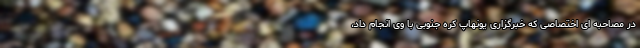
در مصاحبه ای اختصاصی که خبرگزاری یونهاپ کره جنوبی با وی انجام داد،